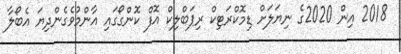
2018 އިން 2020ގެ ނިޔަލަށް ޑިމޮކްރަޓިކް ރިޕަބްލިކް އޮފް ކޮންގޯގައި އާންމުވެގެންދިޔަ އެބޯލާ